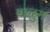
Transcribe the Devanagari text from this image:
वाळुम